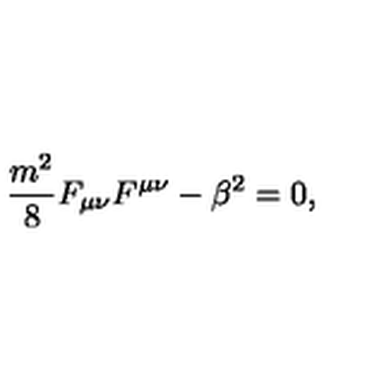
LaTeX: \frac { m ^ { 2 } } { 8 } F _ { \mu \nu } F ^ { \mu \nu } - \beta ^ { 2 } = 0 ,